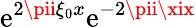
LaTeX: \mathrm{e}^{2\pii\xi_{0}x}\mathrm{e}^{-2\pii\xix}